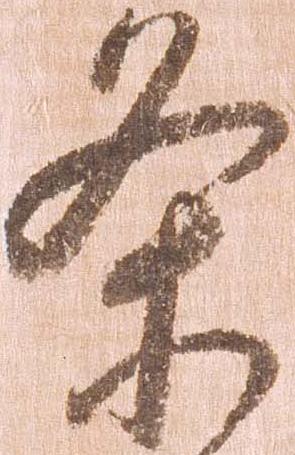
条